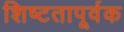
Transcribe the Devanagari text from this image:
शिष्टतापूर्वक